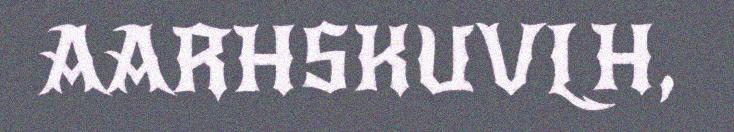
AARHSKUVLH,